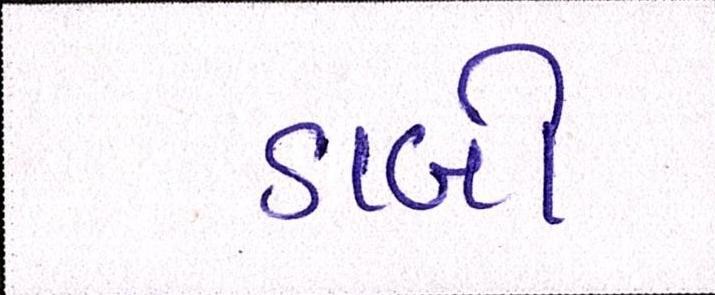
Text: ડાબી